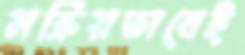
সক্রিয়ভাবেই